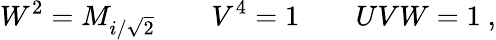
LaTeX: W^{2}=M_{i/\sqrt 2}\qquad V^{4}=1\qquad UVW=1\ ,